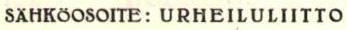
SAHKÖOSOITE: URHEILULIITTO